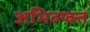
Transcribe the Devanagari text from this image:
अभिव्य्क्त